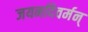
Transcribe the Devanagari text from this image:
जयनदिवर्मन्